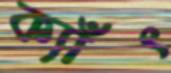
ক্যাঁৎ